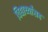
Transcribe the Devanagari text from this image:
विद्यार्थ्यांसह